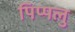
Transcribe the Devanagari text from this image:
पिप्पलु